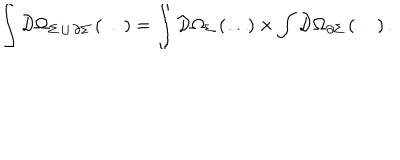
LaTeX: \int { \cal D } \Omega _ { \Sigma \, \cup \, \partial \Sigma } \left( \dots \right) = \int { \cal D } \Omega _ { \Sigma } \left( \dots \right) \times \int { \cal D } \Omega _ { \partial \Sigma } \left( \dots \right) .